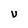
Character: U